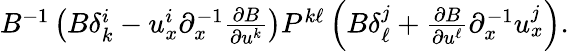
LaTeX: \begin{array}{r}{B^{-1}\left(B\delta_{k}^{i}-u_{x}^{i}{\partial}_{x}^{-1}\frac{{\partial}B}{{\partial}u^{k}}\right)P^{k\ell}\left(B\delta_{\ell}^{j}+\frac{{\partial}B}{{\partial}u^{\ell}}{\partial}_{x}^{-1}u_{x}^{j}\right).}\end{array}